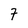
Character: 7